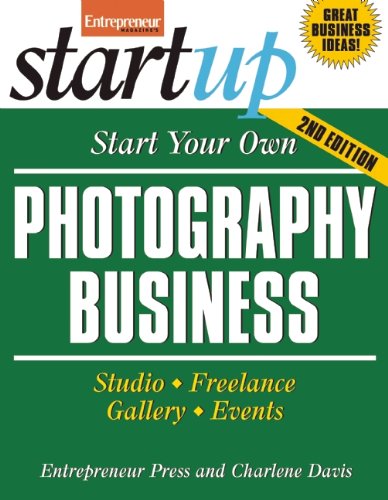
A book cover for Start Your Own Photography Business: Studio, Freelance, Gallery, Events (StartUp Series); Entrepreneur Press; Arts & Photography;